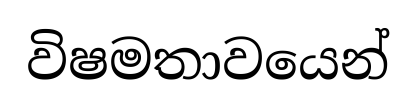
විෂමතාවයෙන්